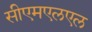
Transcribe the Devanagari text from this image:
सीएमएलएल